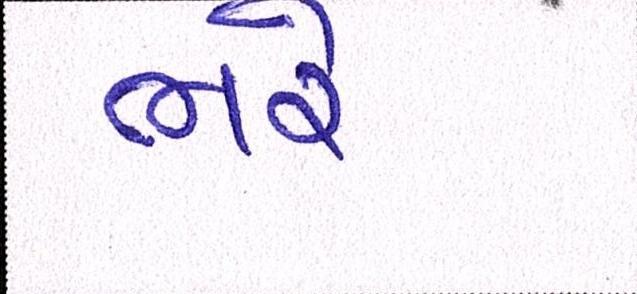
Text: ભરે